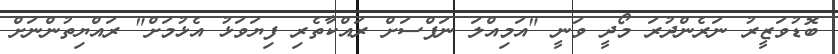
ބޮޑުވަޒީރު ނަރެންދުރަ މޯދީ ވަނީ "އަމިއްލަ ނަފްސަށް ރައްކާތެރި ފިޔަވަޅު އެޅުމަށް" ރައްޔިތުންނަށް